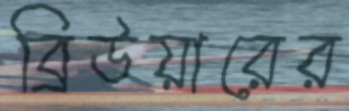
ব্রিউয়ারের